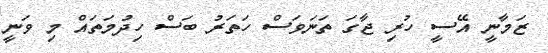
ޒަމާނީ އޭސީ ހުރި ޖާގަ ތަނަވަސް ހަތަރު ބަސް ހިދުމަތައް މި ވަނީ